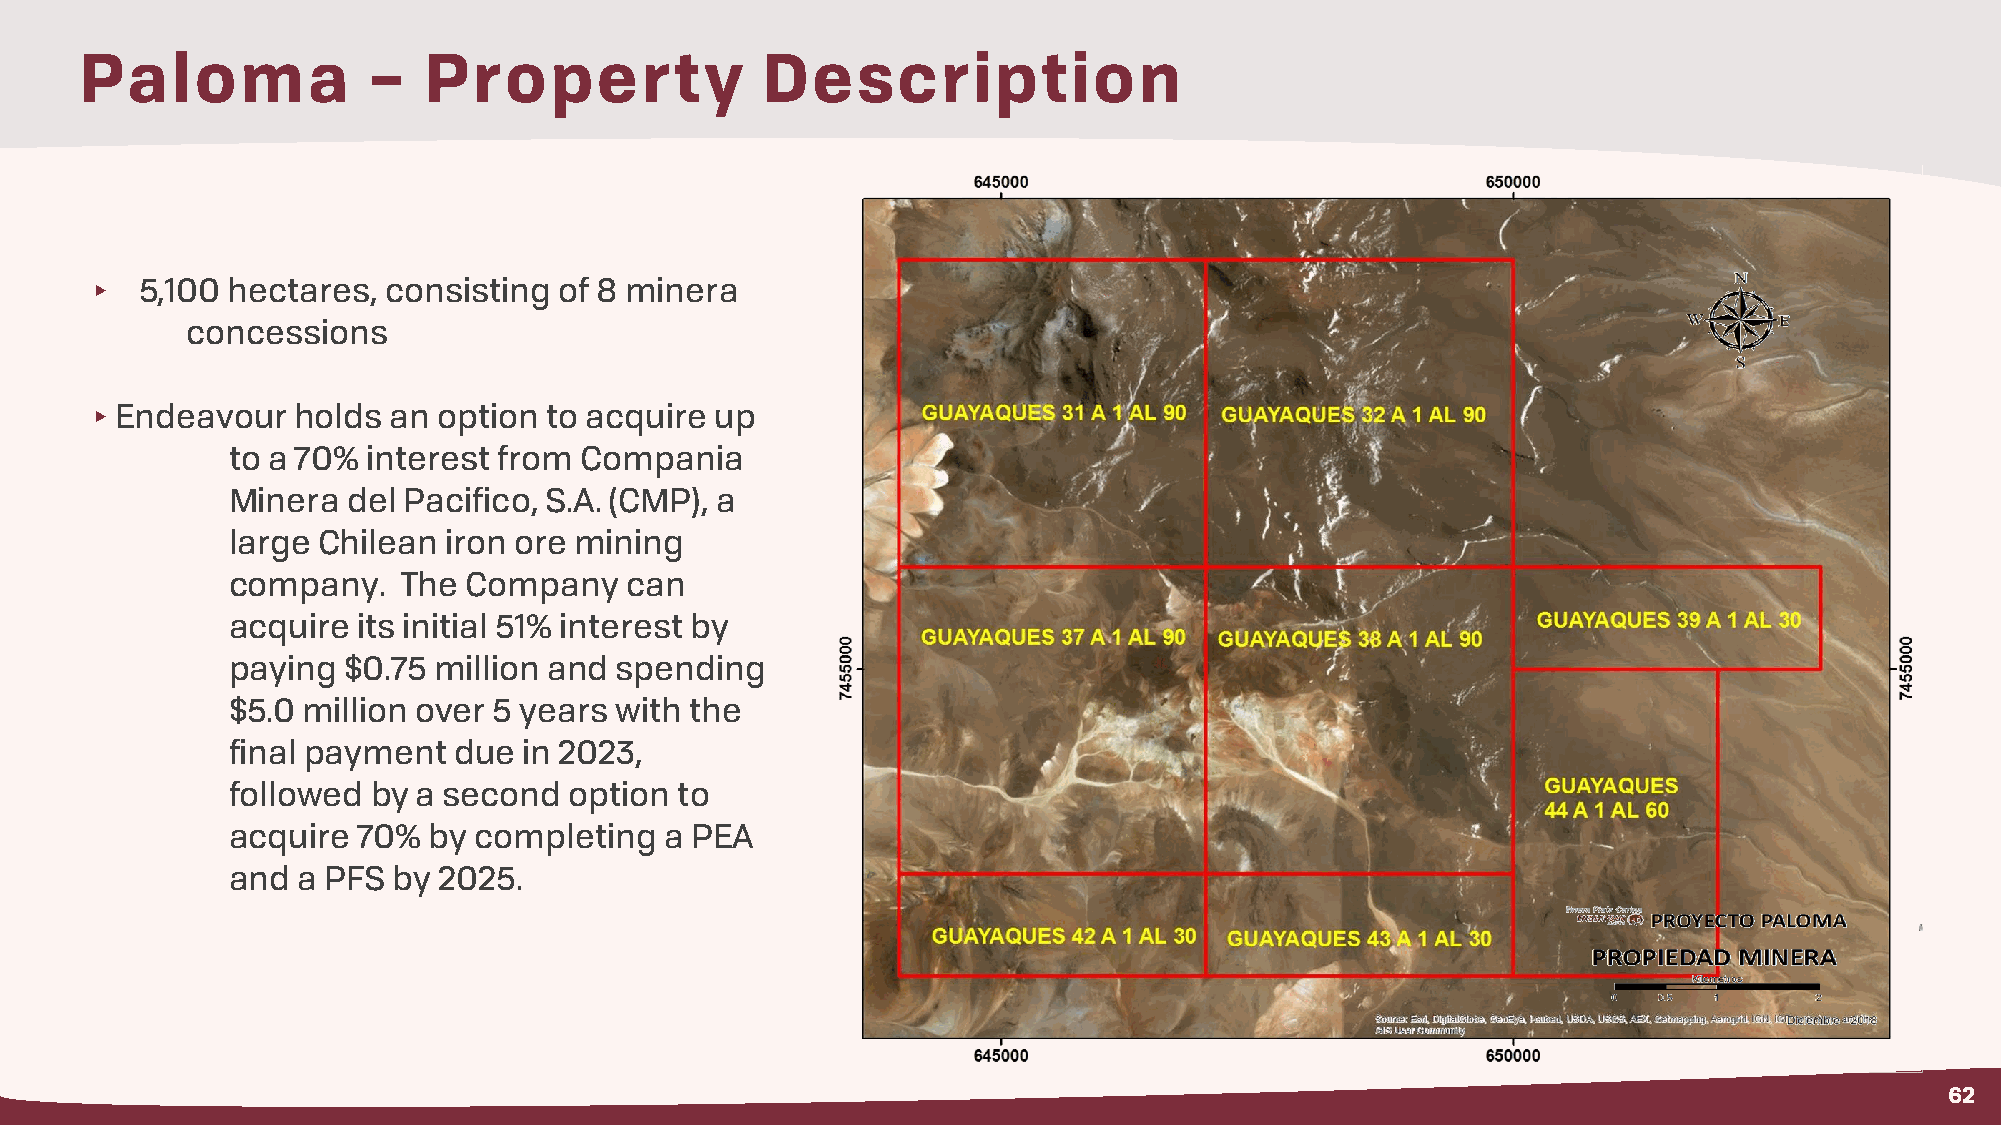
Paloma             –   Property              Description
 ▸  5,100 hectares,  consisting of 8 minera
 concessions
 ▸Endeavour   holds  an option to acquire up
 to a 70% interest from Compania
 Minera  del Pacifico, S.A. (CMP), a
 large Chilean  iron ore mining
 company.   The  Company   can
 acquire  its initial 51% interest by
 paying  $0.75 million and spending
 $5.0 million over 5 years with the
 final payment  due  in 2023,
 followed  by a second  option to
 acquire  70% by completing   a PEA
 and  a PFS by 2025.
 62